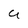
Character: U